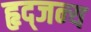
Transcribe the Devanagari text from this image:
हृद्जन्‍य